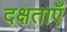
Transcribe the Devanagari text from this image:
दक्षताएँ